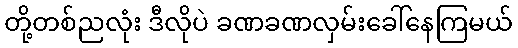
တို့တစ်ညလုံး ဒီလိုပဲ ခဏခဏလှမ်းခေါ်နေကြမယ်